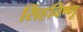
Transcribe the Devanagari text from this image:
सिंहविष्णू